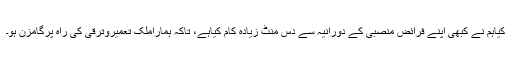
کیاہم نے کبھی اپنے فرائض منصبی کے دورانیہ سے دس منٹ زیادہ کام کیاہے، تاکہ ہماراملک تعمیروترقی کی راہ پرگامزن ہو۔